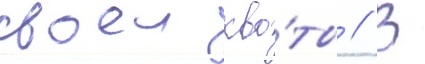
своеи кво́ты // В